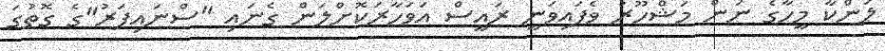
ލަންކާ މީހާގެ ނަން މަޝްހޫރު ވެފައިވަނީ ރައީސް އަވަހާރަކޮށްލަން ގެނައި "ސްނައިޕަރު"ގެ ގޮތުގަ